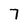
Character: 7